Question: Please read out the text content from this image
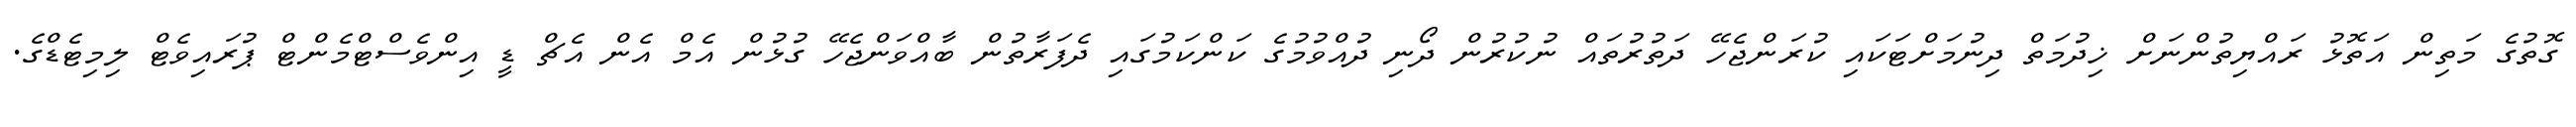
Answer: ގޮތުގެ މަތިން އަތޮޅު ރައްޔިތުންނަށް ޚިދުމަތް ދިނުމަށްޓަކައި ކުރަންޖެހޭ ދަތުރުތައް ނުކުރުން ދޯނި ދުއްވުމުގެ ކަންކަމުގައި ދެފަރާތުން ބާއްވަންޖެހޭ ގުޅުން އެމް އެން އެޗް ޑީ އިންވެސްޓްމެންޓް ޕުރައިވެޓް ލިމިޓެޑްގެ.